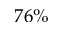
7 6 \%